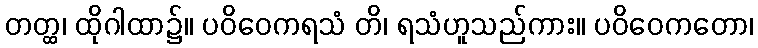
တတ္ထ၊ ထိုဂါထာ၌။ ပဝိဝေကရသံ တိ၊ ရသံဟူသည်ကား။ ပဝိဝေကတော၊